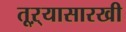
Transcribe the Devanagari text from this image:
तूऱ्यासारखी